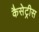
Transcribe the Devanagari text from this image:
कैसेट्रीस